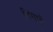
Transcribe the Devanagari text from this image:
निंगपो